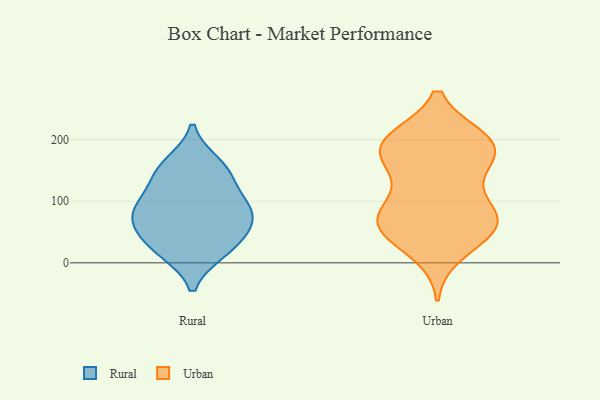
{"axis": {"x": "Budget (USD K)", "y": "Value"}, "legend": ["Rural", "Urban"], "data": [{"x": "", "y": 148, "type": "Rural"}, {"x": "", "y": 91, "type": "Rural"}, {"x": "", "y": 91, "type": "Rural"}, {"x": "", "y": 47, "type": "Rural"}, {"x": "", "y": 75, "type": "Rural"}, {"x": "", "y": 19, "type": "Rural"}, {"x": "", "y": 140, "type": "Rural"}, {"x": "", "y": 19, "type": "Rural"}, {"x": "", "y": 53, "type": "Rural"}, {"x": "", "y": 160, "type": "Rural"}, {"x": "", "y": 89, "type": "Rural"}, {"x": "", "y": 200, "type": "Urban"}, {"x": "", "y": 196, "type": "Urban"}, {"x": "", "y": 71, "type": "Urban"}, {"x": "", "y": 61, "type": "Urban"}, {"x": "", "y": 79, "type": "Urban"}, {"x": "", "y": 52, "type": "Urban"}, {"x": "", "y": 158, "type": "Urban"}, {"x": "", "y": 156, "type": "Urban"}, {"x": "", "y": 200, "type": "Urban"}, {"x": "", "y": 193, "type": "Urban"}, {"x": "", "y": 177, "type": "Urban"}, {"x": "", "y": 49, "type": "Urban"}, {"x": "", "y": 68, "type": "Urban"}, {"x": "", "y": 17, "type": "Urban"}, {"x": "", "y": 76, "type": "Urban"}, {"x": "", "y": 190, "type": "Urban"}, {"x": "", "y": 110, "type": "Urban"}]}